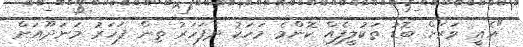
"އެއީ ވަރަށް ބޮޑު ތަކުލީފެއް ކޮންމެ މަހަކު ދެފަހަރު ތިން ފަހަރު މަނަދޫއަށް